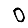
Digit: 0